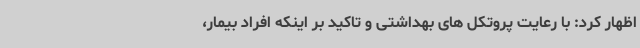
اظهار کرد: با رعایت پروتکل های بهداشتی و تاکید بر اینکه افراد بیمار،